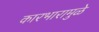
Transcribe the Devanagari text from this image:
कारभारामुळे